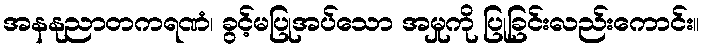
အနနုညာတကရဏံ၊ ခွင့်မပြုအပ်သော အမှုကို ပြုခြင်းလည်းကောင်း။